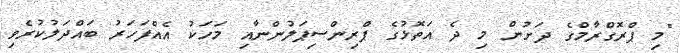
"މި ޕްރޮގްރާމްގެ ދަށުން މި ދެ އަތޮޅުގެ ޕްރިންސިޕަލުންނާއި މަހަކު އެއްފަހަރު ބައްދަލުކުރެވި